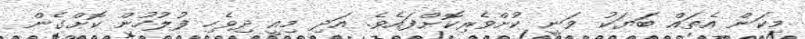
މިކަން އެތައް ބަޔަކު ވަނީ ކުށްވެރިކޮށްފައެވެ. އަދި މިއީ ދިވެހި ފުލުހުން ކޮށްގެން